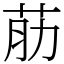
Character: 荕